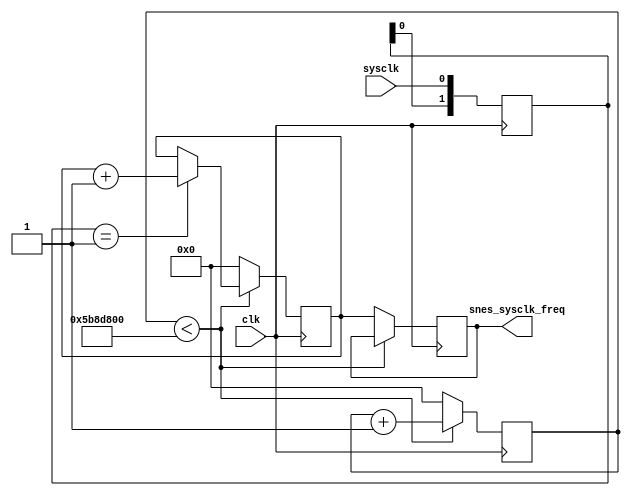
module clk_test(
  input clk,
  input sysclk,
  output [31:0] snes_sysclk_freq
);

reg [31:0] snes_sysclk_freq_r;
assign snes_sysclk_freq = snes_sysclk_freq_r;

reg [31:0] sysclk_counter;
reg [31:0] sysclk_value;

initial snes_sysclk_freq_r = 32'hFFFFFFFF;
initial sysclk_counter = 0;
initial sysclk_value = 0;

reg [1:0] sysclk_sreg;
always @(posedge clk) sysclk_sreg <= {sysclk_sreg[0], sysclk};
wire sysclk_rising = (sysclk_sreg == 2'b01);

always @(posedge clk) begin
  if(sysclk_counter < 96000000) begin
    sysclk_counter <= sysclk_counter + 1;
    if(sysclk_rising) sysclk_value <= sysclk_value + 1;
  end else begin
    snes_sysclk_freq_r <= sysclk_value;
    sysclk_counter <= 0;
    sysclk_value <= 0;
  end
end

endmodule